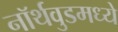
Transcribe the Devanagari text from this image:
नॉर्थवुडमध्ये